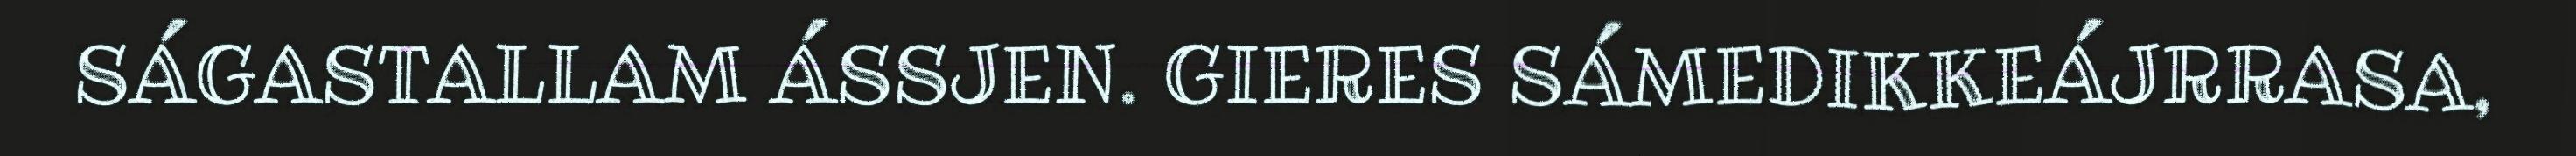
SÁGASTALLAM ÁSSJEN. GIERES SÁMEDIKKEÁJRRASA,